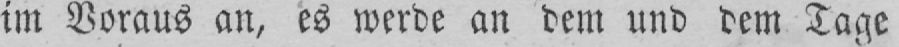
im Voraus an, es werde an dem und dem Tage